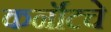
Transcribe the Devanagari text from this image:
कर्नॉटचे